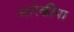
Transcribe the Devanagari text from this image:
आरेकीपा